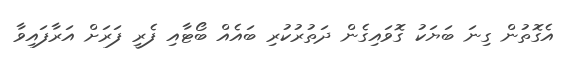
އެގޮތުން ގިނަ ބަޔަކު ގޮވައިގެން ދަތުރުކުރި ބައެއް ބޯޓާއި ފެރީ ފަރަށް އަރާފައިވާ